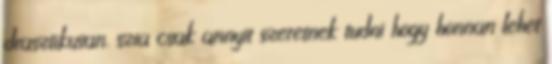
drasztikusan. szia csak annyit szeretnek tudni hogy honnan lehet